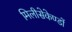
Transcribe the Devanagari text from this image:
मिलीसेकेण्डों